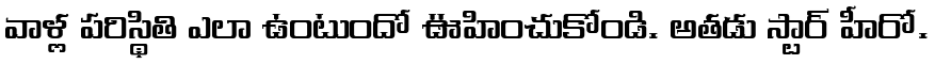
వాళ్ల పరిస్థితి ఎలా ఉంటుందో ఊహించుకోండి. అతడు స్టార్ హీరో.